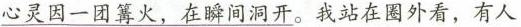
\underline{心灵因一团篝火，在瞬间洞开}。我站在图外看，有人